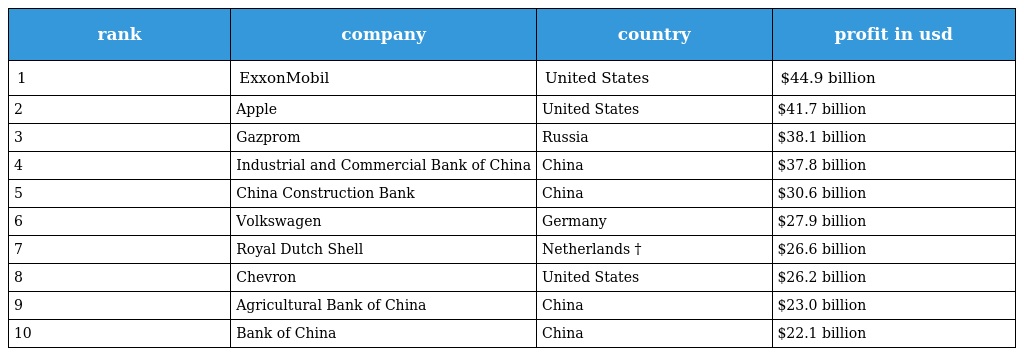
| rank | company | country | profit in usd |
 | --- | --- | --- | --- |
 | 1 | ExxonMobil | United States | $44.9 billion |
 | 2 | Apple | United States | $41.7 billion |
 | 3 | Gazprom | Russia | $38.1 billion |
 | 4 | Industrial and Commercial Bank of China | China | $37.8 billion |
 | 5 | China Construction Bank | China | $30.6 billion |
 | 6 | Volkswagen | Germany | $27.9 billion |
 | 7 | Royal Dutch Shell | Netherlands † | $26.6 billion |
 | 8 | Chevron | United States | $26.2 billion |
 | 9 | Agricultural Bank of China | China | $23.0 billion |
 | 10 | Bank of China | China | $22.1 billion |